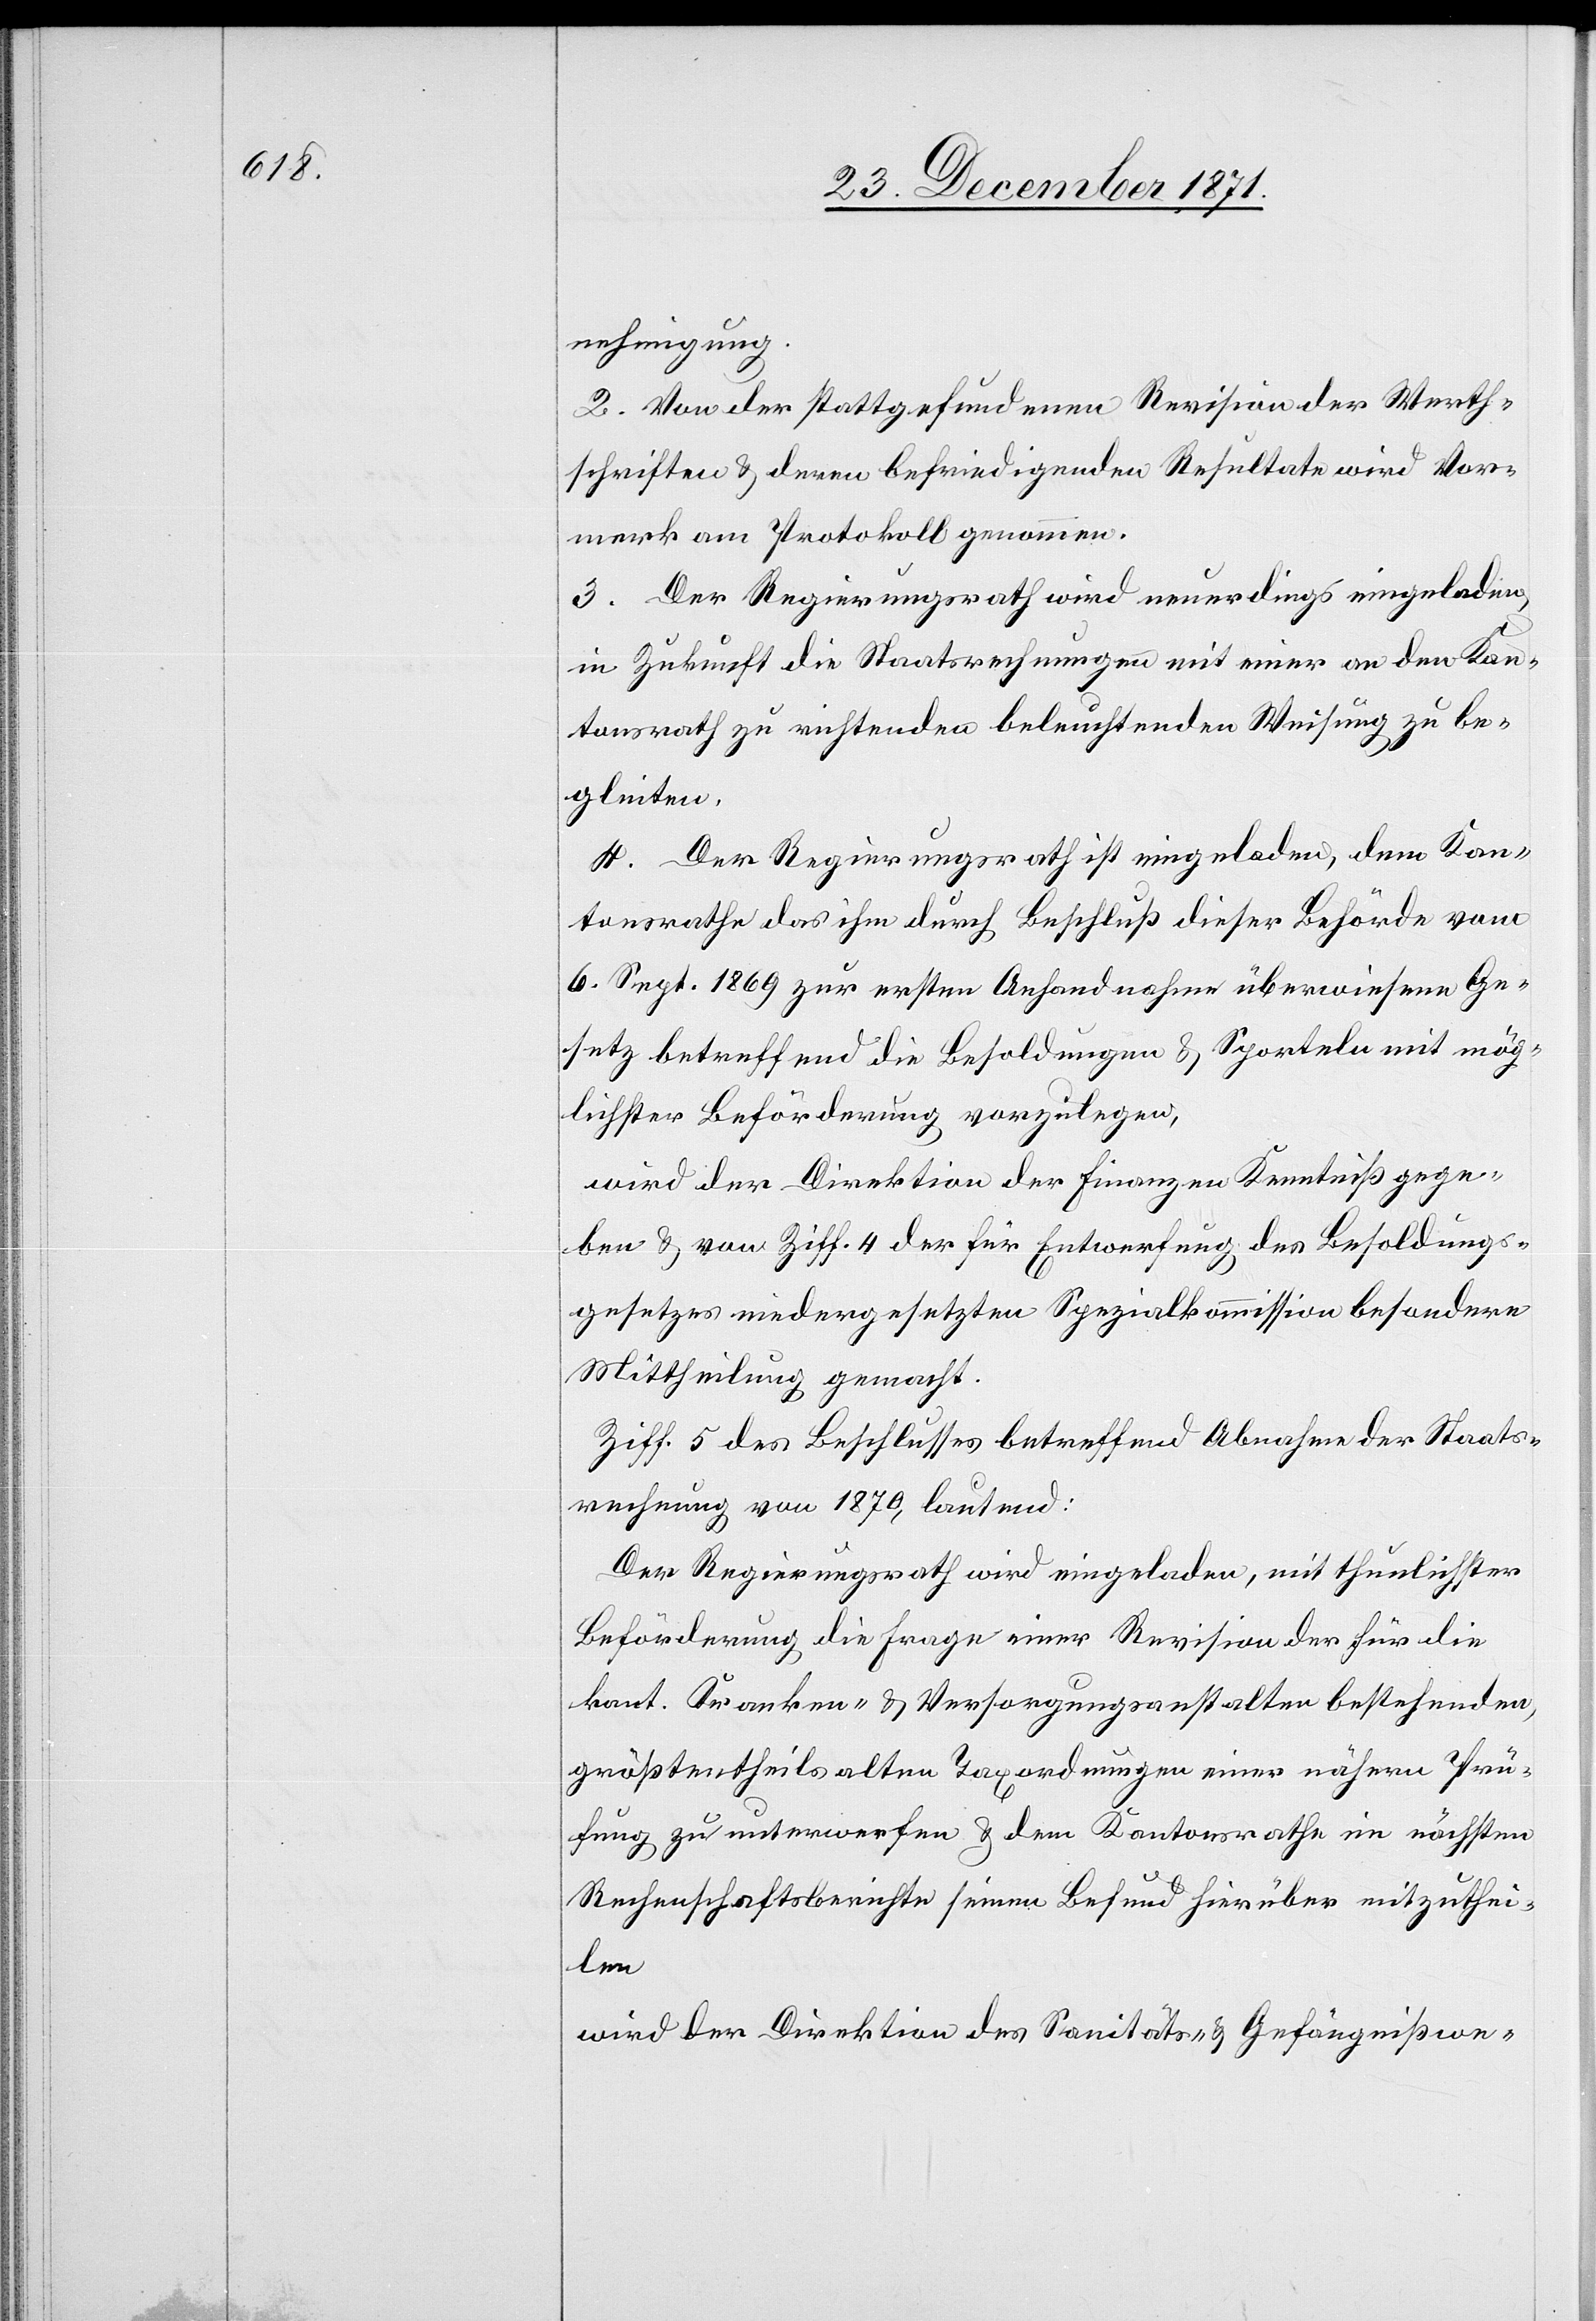
nehmigung.
2. Von der stattgefundenen Revision der Werth¬
schriften & deren befriedigenden Resultate wird Vor¬
merk am Protokoll genommen.
3. Der Regierungsrath wird neuerdings eingeladen,
in Zukunft die Staatsrechnungen mit einer an den Kan¬
tonsrath zu richtenden beleuchtenden Weisung zu be¬
gleiten.
4. Der Regierungsrath ist eingeladen, dem Kan¬
tonsrathe das ihm durch Beschluß dieser Behörde vom
6. Sept. 1869 zur ersten Anhandnahme überwiesene Ge¬
setz betreffend die Besoldungen & Sporteln mit mög¬
lichster Beförderung vorzulegen,
wird der Direktion der Finanzen Kenntniß gege¬
ben & von Ziff. 4 der für Entwerfung des Besoldungs¬
gesetzes niedergesetzten Spezialkommission besondere
Mittheilung gemacht.
Ziff. 5 des Beschlusses betreffend Abnahme der Staats¬
rechnung von 1870, lautend:
Der Regierungsrath wird eingeladen, mit thunlichster
Beförderung die Frage einer Revision der für die
kant. Kranken- & Versorungsanstalten bestehenden,
größtentheils alten Taxordnungen einer nähern Prü¬
fung zu unterwerfen & dem Kantonsrathe im nächsten
Rechenschaftsberichte seinen Befund hierüber mitzuthei¬
len
wird der Direktion des Sanitäts- & Gefängnißwe-